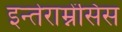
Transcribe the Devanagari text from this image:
इन्तेराम्नेंसिस